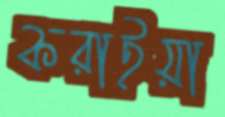
করাইয়া